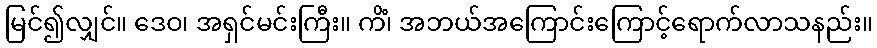
မြင်၍လျှင်။ ဒေဝ၊ အရှင်မင်းကြီး။ ကိံ၊ အဘယ်အကြောင်းကြောင့်ရောက်လာသနည်း။